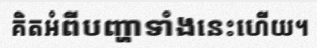
គិតអំពីបញ្ហាទាំងនេះហើយ។